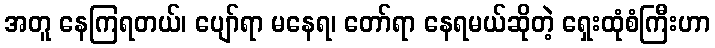
အတူ နေကြရတယ်၊ ပျော်ရာ မနေရ၊ တော်ရာ နေရမယ်ဆိုတဲ့ ရှေးထုံစံကြီးဟာ